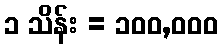
၁ သိန်း = ၁၀၀,၀၀၀